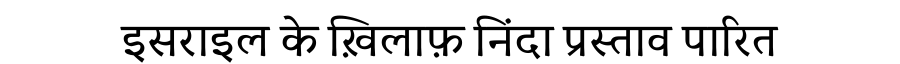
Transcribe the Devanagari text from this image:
इसराइल के ख़िलाफ़ निंदा प्रस्ताव पारित